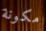
مكونة